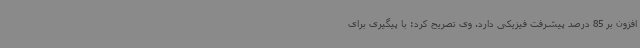
افزون بر 85 درصد پیشرفت فیزیکی دارد. وی تصریح کرد: با پیگیری برای